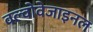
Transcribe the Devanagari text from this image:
वल्वोवेजाइनल